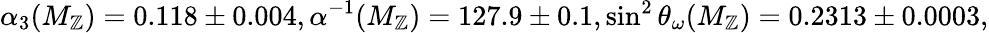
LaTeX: \alpha_{3}(M_{\mathbb{Z}})=0.118\pm0.004,\alpha^{-1}(M_{\mathbb{Z}})=127.9\pm0.1,\sin^{2}\theta_{\omega}(M_{\mathbb{Z}})=0.2313\pm0.0003,